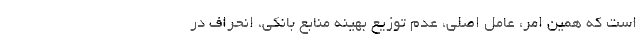
است که همین امر، عامل اصلی، عدم توزیع بهینه منابع بانکی، انحراف در